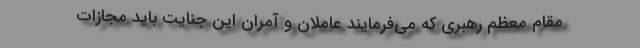
مقام معظم رهبری که می‌فرمایند عاملان و آمران این جنایت باید مجازات